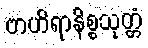
ဗာဟိရာနိစ္စသုတ္တံ